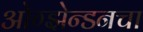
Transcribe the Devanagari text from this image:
ओग्झेन्डनचा